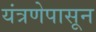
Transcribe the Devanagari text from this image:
यंत्रणेपासून